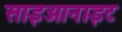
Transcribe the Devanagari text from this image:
साइआनाइट